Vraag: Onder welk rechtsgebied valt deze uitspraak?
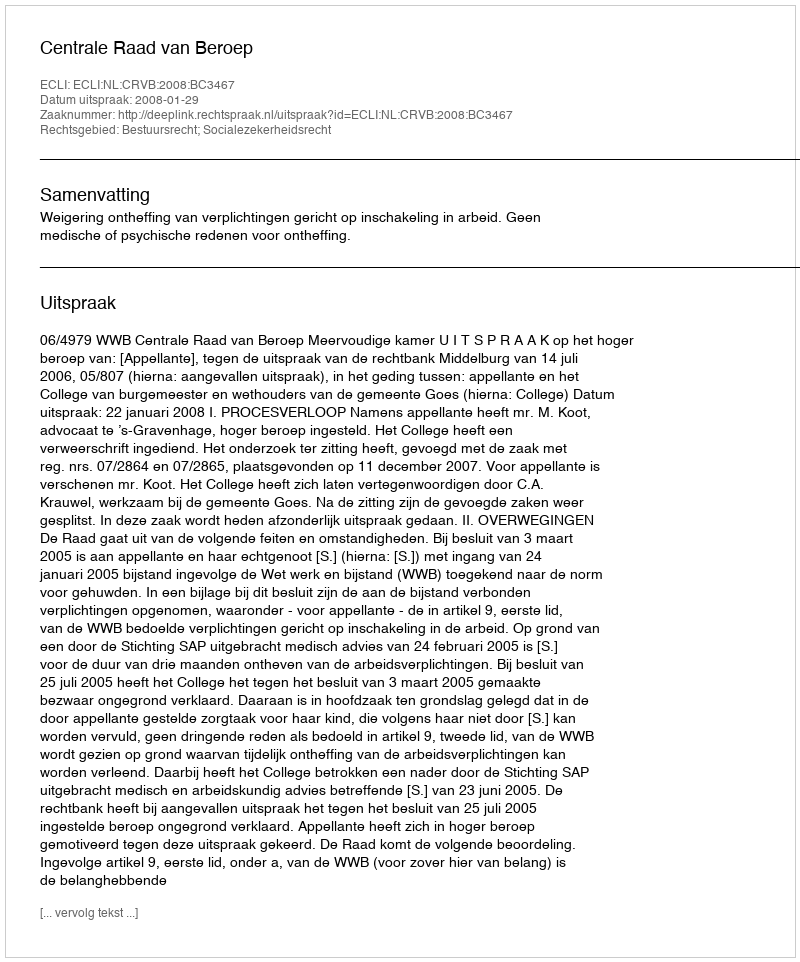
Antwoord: Bestuursrecht; Socialezekerheidsrecht